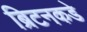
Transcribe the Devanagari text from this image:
ब्रिटनकडे